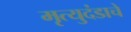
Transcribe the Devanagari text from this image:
मृत्युदंडाचे